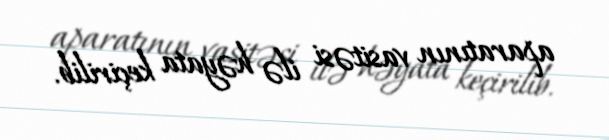
aparatının vasitəsi ilə həyata keçirilib.